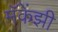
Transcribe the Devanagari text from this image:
मॅकेंझी